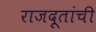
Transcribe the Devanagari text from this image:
राजदूतांची